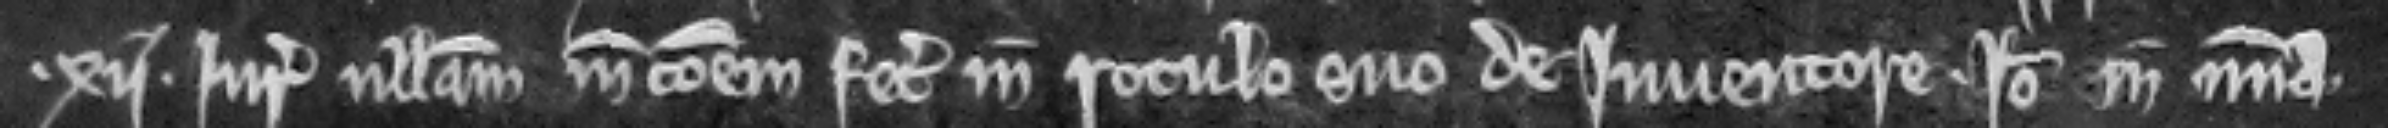
.xii. juratores nullam mencionem fecerunt in rotulo suo de inventore. Ideo in misericordia.